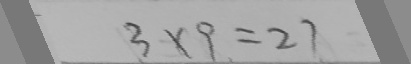
3 \times 9 = 2 7